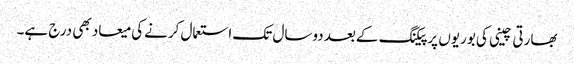
بھارتی چینی کی بوریوں پرپیکنگ کےبعد دوسال تک استعمال کرنےکی میعاد بھی درج ہے۔